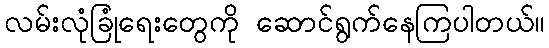
လမ်းလုံခြုံရေးတွေကို ဆောင်ရွက်နေကြပါတယ်။